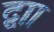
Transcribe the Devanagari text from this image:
द्वाा